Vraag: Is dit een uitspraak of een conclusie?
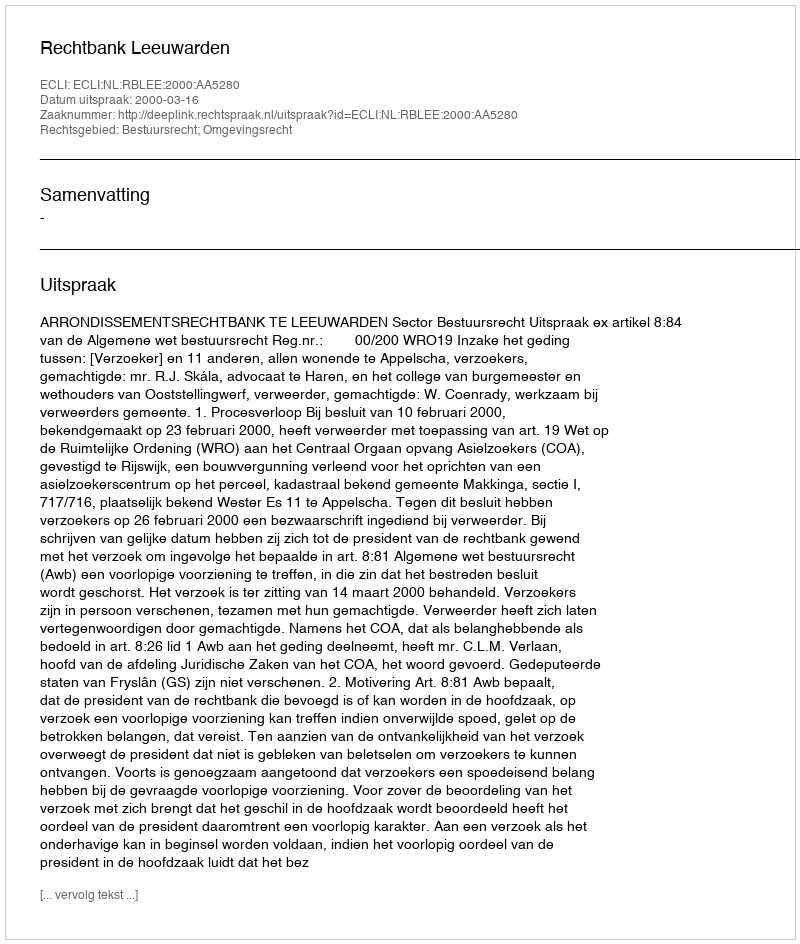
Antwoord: Uitspraak